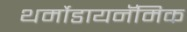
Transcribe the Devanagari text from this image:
थर्मोडायनॅमिक